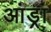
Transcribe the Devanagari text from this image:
आंड्रा